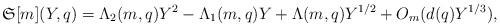
LaTeX: \begin{align*}\mathfrak{S}[m](Y,q)=\Lambda_2(m,q)Y^2-\Lambda_1(m,q)Y+\Lambda(m,q)Y^{1/2}+O_m(d(q)Y^{1/3}),\end{align*}